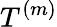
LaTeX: T^{(m)}